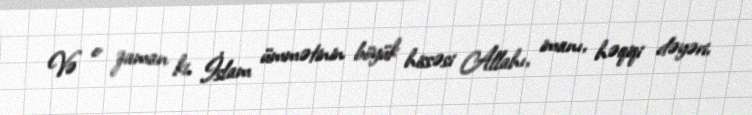
Və o zaman ki, İslam ümmətinin böyük hissəsi Allahı, imanı, həqiqi dəyəri,